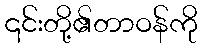
၎င်းတို့၏တာဝန်ကို